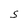
Character: S